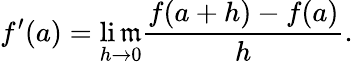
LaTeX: f^{\prime}(a)=\operatorname*{li\mathfrak{m}}_{h\to0}{\frac{{f(a+h)-f(a)}}{{h}}}.